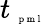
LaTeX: t_{\mathrm{~\tiny~p~m~l~}}